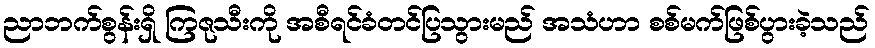
ညာဘက်စွန်းရှိ ကြဇုသီးကို အစီရင်ခံတင်ပြသွားမည် အသံဟာ စစ်မက်ဖြစ်ပွားခဲ့သည်